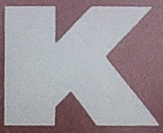
K